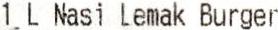
1 L NASI LEMAK BURGER